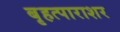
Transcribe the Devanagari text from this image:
बृहत्पाराशर